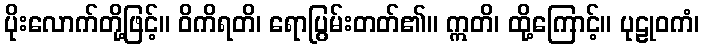
ပိုးလောက်တို့ဖြင့်။ ဝိကိရတိ၊ ရောပြွမ်းတတ်၏။ ဣတိ၊ ထို့ကြောင့်။ ပုဠုဝကံ၊